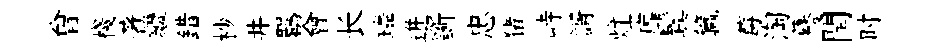
曾棧著繼錯杪井羈會长璘迸斵忠猪峙諝炷靡鬂籯莓淘驀閏时